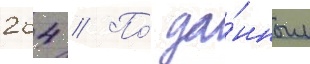
264 // По́ да́нным